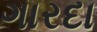
ગારદા